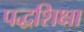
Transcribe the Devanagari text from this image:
पद्धशिक्षा